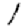
Digit: 1